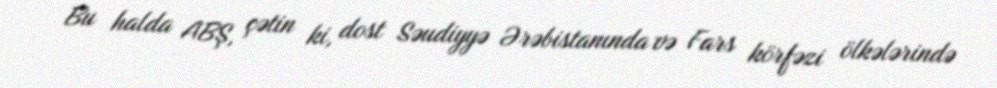
Bu halda ABŞ, çətin ki, dost Səudiyyə Ərəbistanında və Fars körfəzi ölkələrində